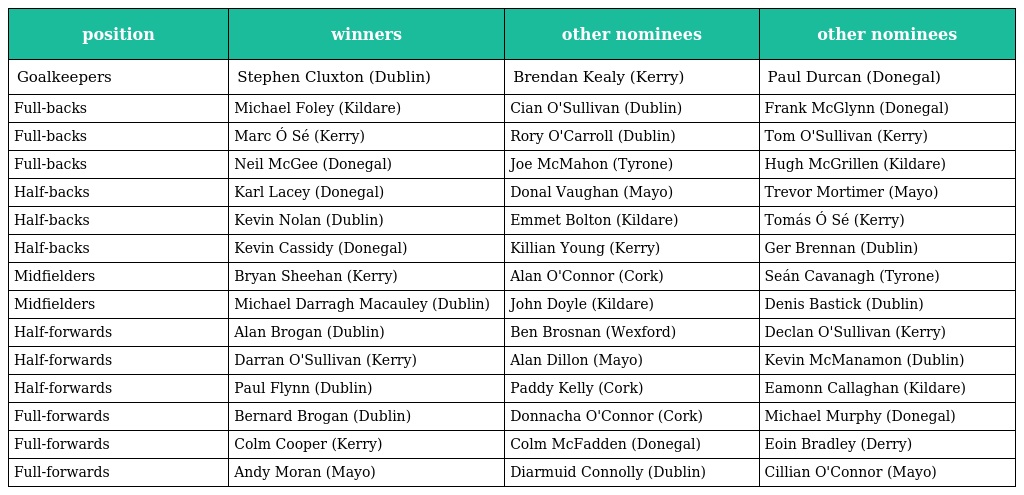
| position | winners | other nominees | other nominees |
 | --- | --- | --- | --- |
 | Goalkeepers | Stephen Cluxton (Dublin) | Brendan Kealy (Kerry) | Paul Durcan (Donegal) |
 | Full-backs | Michael Foley (Kildare) | Cian O'Sullivan (Dublin) | Frank McGlynn (Donegal) |
 | Full-backs | Marc Ó Sé (Kerry) | Rory O'Carroll (Dublin) | Tom O'Sullivan (Kerry) |
 | Full-backs | Neil McGee (Donegal) | Joe McMahon (Tyrone) | Hugh McGrillen (Kildare) |
 | Half-backs | Karl Lacey (Donegal) | Donal Vaughan (Mayo) | Trevor Mortimer (Mayo) |
 | Half-backs | Kevin Nolan (Dublin) | Emmet Bolton (Kildare) | Tomás Ó Sé (Kerry) |
 | Half-backs | Kevin Cassidy (Donegal) | Killian Young (Kerry) | Ger Brennan (Dublin) |
 | Midfielders | Bryan Sheehan (Kerry) | Alan O'Connor (Cork) | Seán Cavanagh (Tyrone) |
 | Midfielders | Michael Darragh Macauley (Dublin) | John Doyle (Kildare) | Denis Bastick (Dublin) |
 | Half-forwards | Alan Brogan (Dublin) | Ben Brosnan (Wexford) | Declan O'Sullivan (Kerry) |
 | Half-forwards | Darran O'Sullivan (Kerry) | Alan Dillon (Mayo) | Kevin McManamon (Dublin) |
 | Half-forwards | Paul Flynn (Dublin) | Paddy Kelly (Cork) | Eamonn Callaghan (Kildare) |
 | Full-forwards | Bernard Brogan (Dublin) | Donnacha O'Connor (Cork) | Michael Murphy (Donegal) |
 | Full-forwards | Colm Cooper (Kerry) | Colm McFadden (Donegal) | Eoin Bradley (Derry) |
 | Full-forwards | Andy Moran (Mayo) | Diarmuid Connolly (Dublin) | Cillian O'Connor (Mayo) |